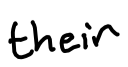
Text: their
Cross-out: clean
Writing tool: digital_black